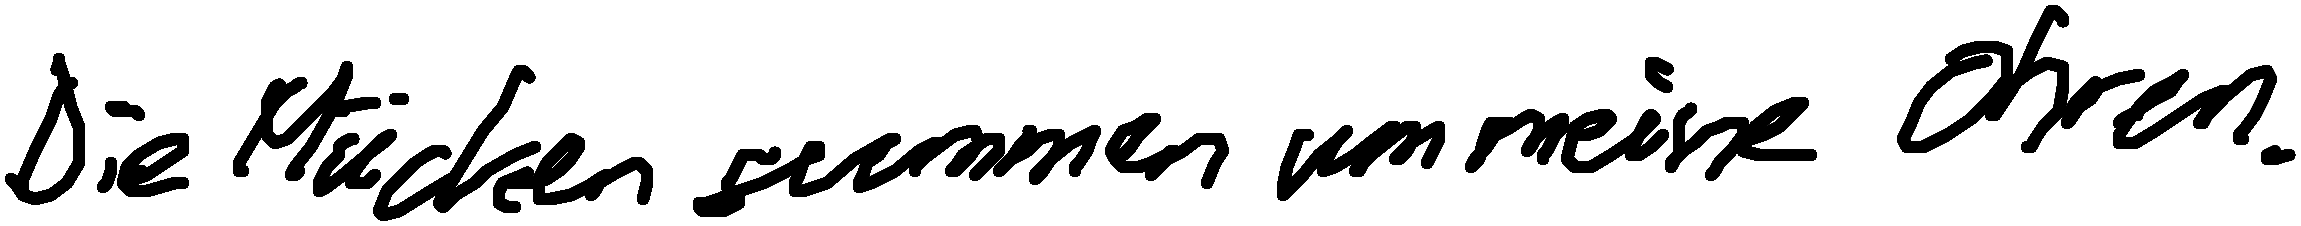
Die Mücken summen um meine Ohren.